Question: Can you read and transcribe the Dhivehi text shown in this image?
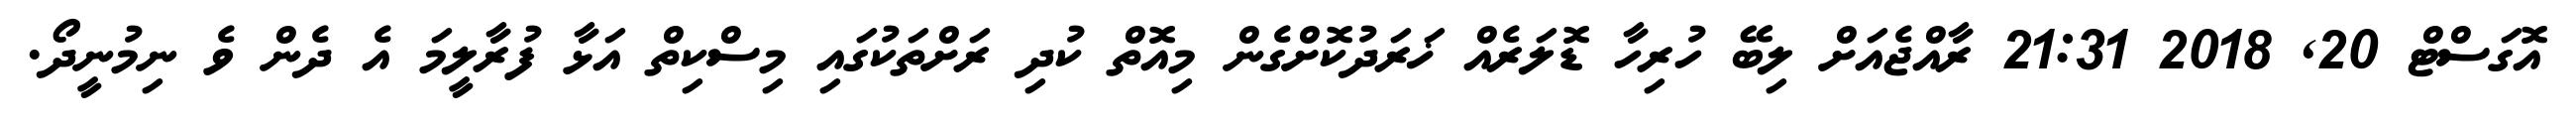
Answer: އޮގަސްޓް 20, 2018 21:31 ރާއްޖެއަށް ލިބޭ ހުރިހާ ޑޮލަރެއް ޚަރަދުކޮށްގެން މިއޮތް ކުދި ރަށްތަކުގައި މިސްކިތް އަޅާ ފުރާލީމަ އެ ދެން ވެ ނިމުނީދޯ.